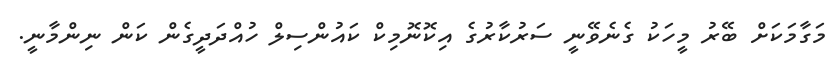
މަގާމަކަށް ބޭރު މީހަކު ގެނެވޭނީ ސަރުކާރުގެ އިކޮނޮމިކް ކައުންސިލް ހުއްދަދީގެން ކަން ނިންމާނީ.